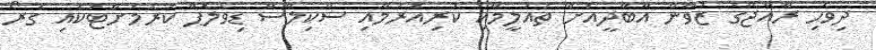
ދިވެހި ރާއްޖޭގެ ޒުވާން އާބާދީއަށް ތައުލީމާއި ކުރިއެރުމާއި ސްކިލްސް ޑިވެލޮޕް ކުރުމަށްޓަކައި ގުރޯ